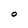
Character: O